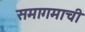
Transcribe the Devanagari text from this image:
समागमाची